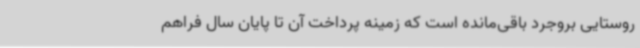
روستایی بروجرد باقی‌مانده است که زمینه پرداخت آن تا پایان سال فراهم